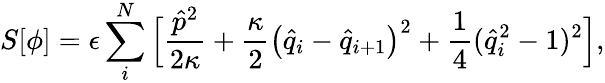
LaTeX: S[\phi]=\epsilon\sum_{i}^{N}\Big[\frac{\hat{p}^{2}}{2\kappa}+\frac{\kappa}{2}\big(\hat{q}_{i}-\hat{q}_{i+1}\big)^{2}+\frac{1}{4}(\hat{q}_{i}^{2}-1)^{2}\Big],